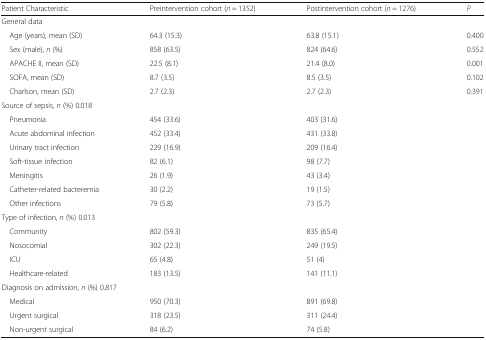
| Patient Characteristic | Preintervention cohort (n = 1352) | Postintervention cohort (n = 1276) | P |
 | --- | --- | --- | --- |
 | <COLSPAN=4> General data |
 | Age (years), mean (SD) | 64.3 (15.3) | 63.8 (15.1) | 0.400 |
 | Sex (male), n (%) | 858 (63.5) | 824 (64.6) | 0.552 |
 | APACHE II, mean (SD) | 22.5 (8.1) | 21.4 (8.0) | 0.001 |
 | SOFA, mean (SD) | 8.7 (3.5) | 8.5 (3.5) | 0.102 |
 | Charlson, mean (SD) | 2.7 (2.3) | 2.7 (2.3) | 0.391 |
 | <COLSPAN=4> Source of sepsis, n (%) 0.018 |
 | Pneumonia | 454 (33.6) | 403 (31.6) | <ROWSPAN=7>  |
 | Acute abdominal infection | 452 (33.4) | 431 (33.8) |
 | Urinary tract infection | 229 (16.9) | 209 (16.4) |
 | Soft-tissue infection | 82 (6.1) | 98 (7.7) |
 | Meningitis | 26 (1.9) | 43 (3.4) |
 | Catheter-related bacteremia | 30 (2.2) | 19 (1.5) |
 | Other infections | 79 (5.8) | 73 (5.7) |
 | <COLSPAN=4> Type of infection, n (%) 0.013 |
 | Community | 802 (59.3) | 835 (65.4) | <ROWSPAN=4>  |
 | Nosocomial | 302 (22.3) | 249 (19.5) |
 | ICU | 65 (4.8) | 51 (4) |
 | Healthcare-related | 183 (13.5) | 141 (11.1) |
 | <COLSPAN=4> Diagnosis on admission, n (%) 0.817 |
 | Medical | 950 (70.3) | 891 (69.8) | <ROWSPAN=3>  |
 | Urgent surgical | 318 (23.5) | 311 (24.4) |
 | Non-urgent surgical | 84 (6.2) | 74 (5.8) |